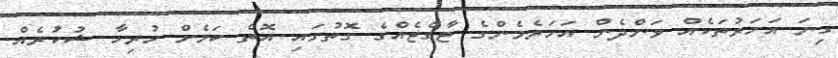
ގިނަ އަހަރުތަކެއް ވަންދެން އަހަރެމެންގެ ޓާގެޓެއްގެ ގޮތުގައި އޮތް ކަމެށް ހުރިހާ ޝުކުރެއް